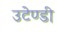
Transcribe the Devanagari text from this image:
उटेण्डी